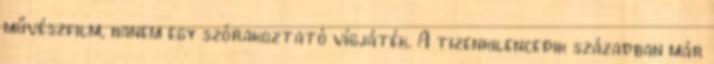
művészfilm, hanem egy szórakoztató vígjáték. A tizenkilencedik században már